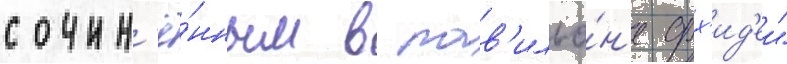
сочин'ё́нным в пав'ильо́н'е орх'ид'еи"